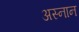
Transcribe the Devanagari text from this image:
अस्नान